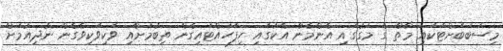
މިސަބަބަށްޓަކައި މާތް ގެ މަގުގައި އެންމެން އެކުގައި ހިފަހައްޓައިގެން ތިބުމަށާއި ވަކިވަކިވެގެން ނުދިއުމަށް